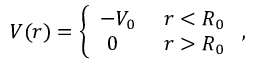
\begin{array} { r } { V ( r ) = \left\{ \begin{array} { l l } { - V _ { 0 } } & { \ r < R _ { 0 } } \\ { \ 0 } & { \ r > R _ { 0 } } \end{array} \right. , } \end{array}